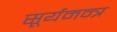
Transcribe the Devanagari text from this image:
सूर्यमन्त्र